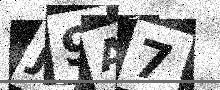
Text: J9A7